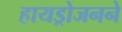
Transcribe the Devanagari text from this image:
हायड्रोजनने